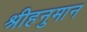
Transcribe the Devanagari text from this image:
श्रीहनुमान